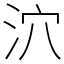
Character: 泬